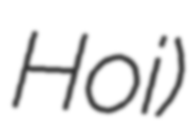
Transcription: Hoi)